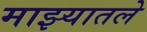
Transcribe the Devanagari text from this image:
माझ्यातले